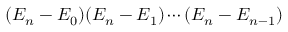
( E _ { n } - E _ { 0 } ) ( E _ { n } - E _ { 1 } ) \cdots ( E _ { n } - E _ { n - 1 } )